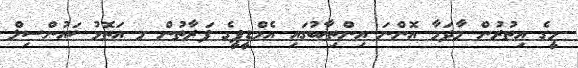
މީގެ އިތުރުން މާދަމާ އޮންނަ އިންތިޚާބުގައި އެމްޑީޕީގެ ފަރާތުން މ އަތޮޅު ކައުންސިލް